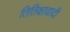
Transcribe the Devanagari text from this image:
तितिक्षावादी